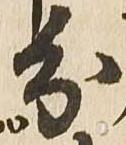
分